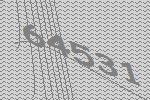
64531